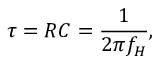
\tau = R C = { \frac { 1 } { 2 \pi f _ { H } } } ,